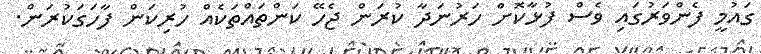
ގައުމީ ފެންވަރުގައި ވެސް ފުޅާކޮށް ހަރުނަދާ ކުރަން ޖެހޭ ކަންތައްތަކެއް ހުރިކަން ފާހަގަކުރަން.